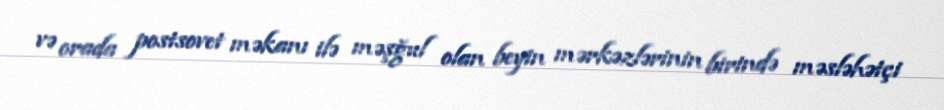
və orada postsovet məkanı ilə məşğul olan beyin mərkəzlərinin birində məsləhətçi